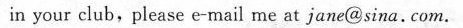
in your club,please e-mail me at jane@sina. Com.